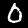
Label: 0